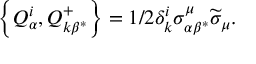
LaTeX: \left\{ Q _ { \alpha } ^ { i } , Q _ { k \beta ^ { * } } ^ { + } \right\} = 1 / 2 \delta _ { k } ^ { i } \sigma _ { \alpha \beta ^ { * } } ^ { \mu } \widetilde { \sigma } _ { \mu } .